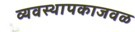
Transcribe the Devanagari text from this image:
व्यवस्थापकाजवळ